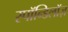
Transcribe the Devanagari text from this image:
स्पॉन्डिलॉज़